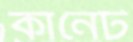
কানেট